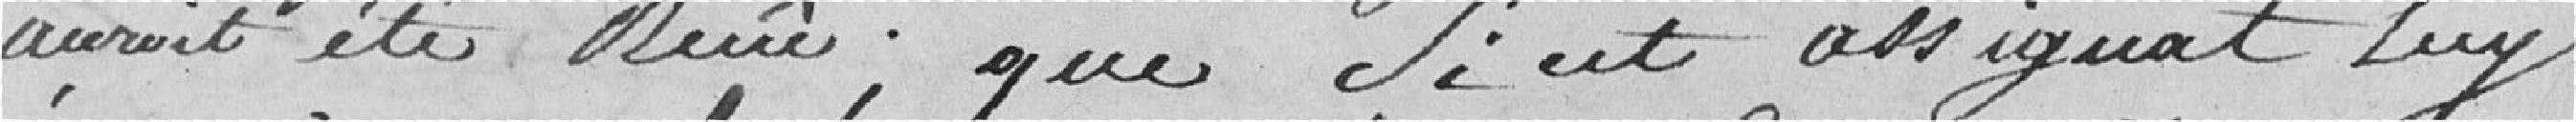
auroit été reçûe ; que si cet assignat luy